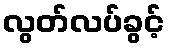
လွတ်လပ်ခွင့်